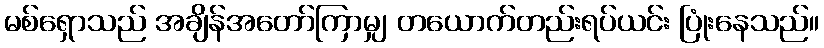
မစ်ရှောသည် အချိန်အတော်ကြာမျှ တယောက်တည်းရပ်ယင်း ပြုံးနေသည်။